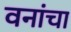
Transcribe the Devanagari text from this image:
वनांचा